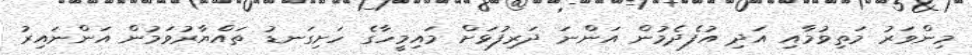
މިންވަރު މަތިވުމާއި އަދި އުފެދެމުން އަންނަ ދަރިފުޅަށް މައިމީހާގެ ހަށިގަނޑު ތައްޔާރުވަމުން އަންނައިރު